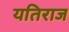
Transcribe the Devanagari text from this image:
यतिराज